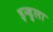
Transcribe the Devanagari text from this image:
इन्डुला